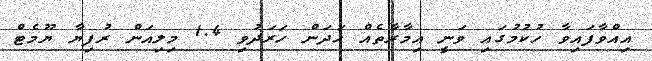
އިއްވާފައިވާ ހުކުމުގައި ވަނީ އިމާރާތެއް ހަދަން ހަރަދުވި 1.4 މިލިއަން ރުފިޔާ ޔޫމެޓް